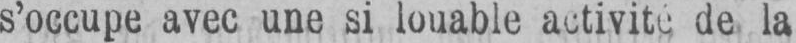
de la